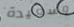
وسعيدة